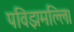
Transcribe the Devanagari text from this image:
पविझमल्लि।